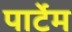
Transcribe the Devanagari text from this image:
पार्टेम